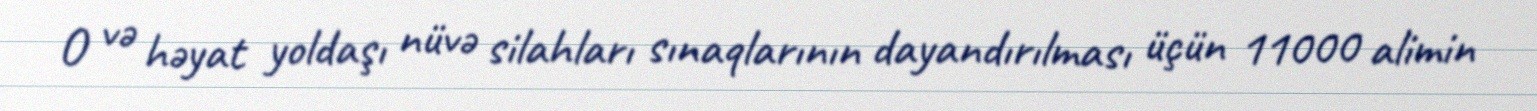
O və həyat yoldaşı nüvə silahları sınaqlarının dayandırılması üçün 11000 alimin